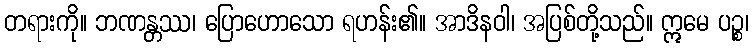
တရားကို။ ဘဏန္တဿ၊ ပြောဟောသော ရဟန်း၏။ အာဒိနဝါ၊ အပြစ်တို့သည်။ ဣမေ ပဉ္စ၊